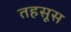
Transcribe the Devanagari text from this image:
तहसूस